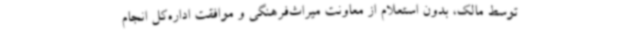
توسط مالک، بدون استعلام از معاونت میراث‌فرهنگی و موافقت اداره‌کل انجام